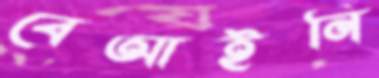
বেআইনি